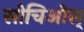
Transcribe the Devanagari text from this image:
सोचिओस्